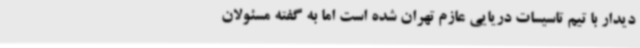
دیدار با تیم تاسیسات دریایی عازم تهران شده است اما به گفته مسئولان